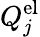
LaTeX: Q_{j}^{\mathrm{el}}